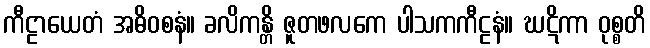
ကီဠာယေတံ အဓိဝစနံ။ ခလိကန္တိ ဇူတဖလကေ ပါသကကီဠနံ။ ဃဋိကာ ဝုစ္စတိ